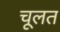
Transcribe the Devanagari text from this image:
चूलत